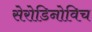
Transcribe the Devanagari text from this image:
सेरोडिनोविच